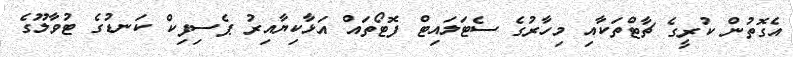
އެގޮތުން ކުރީގެ ޗާޓްތަކާއި މިހާރުގެ ސެޓަލައިޓް ފޮޓޯތައް އަޅާކިޔާއިރު ޕެސިފިކް ކަނޑުގެ ޓުވާލޫގެ